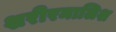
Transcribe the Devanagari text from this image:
शरीरमालिश